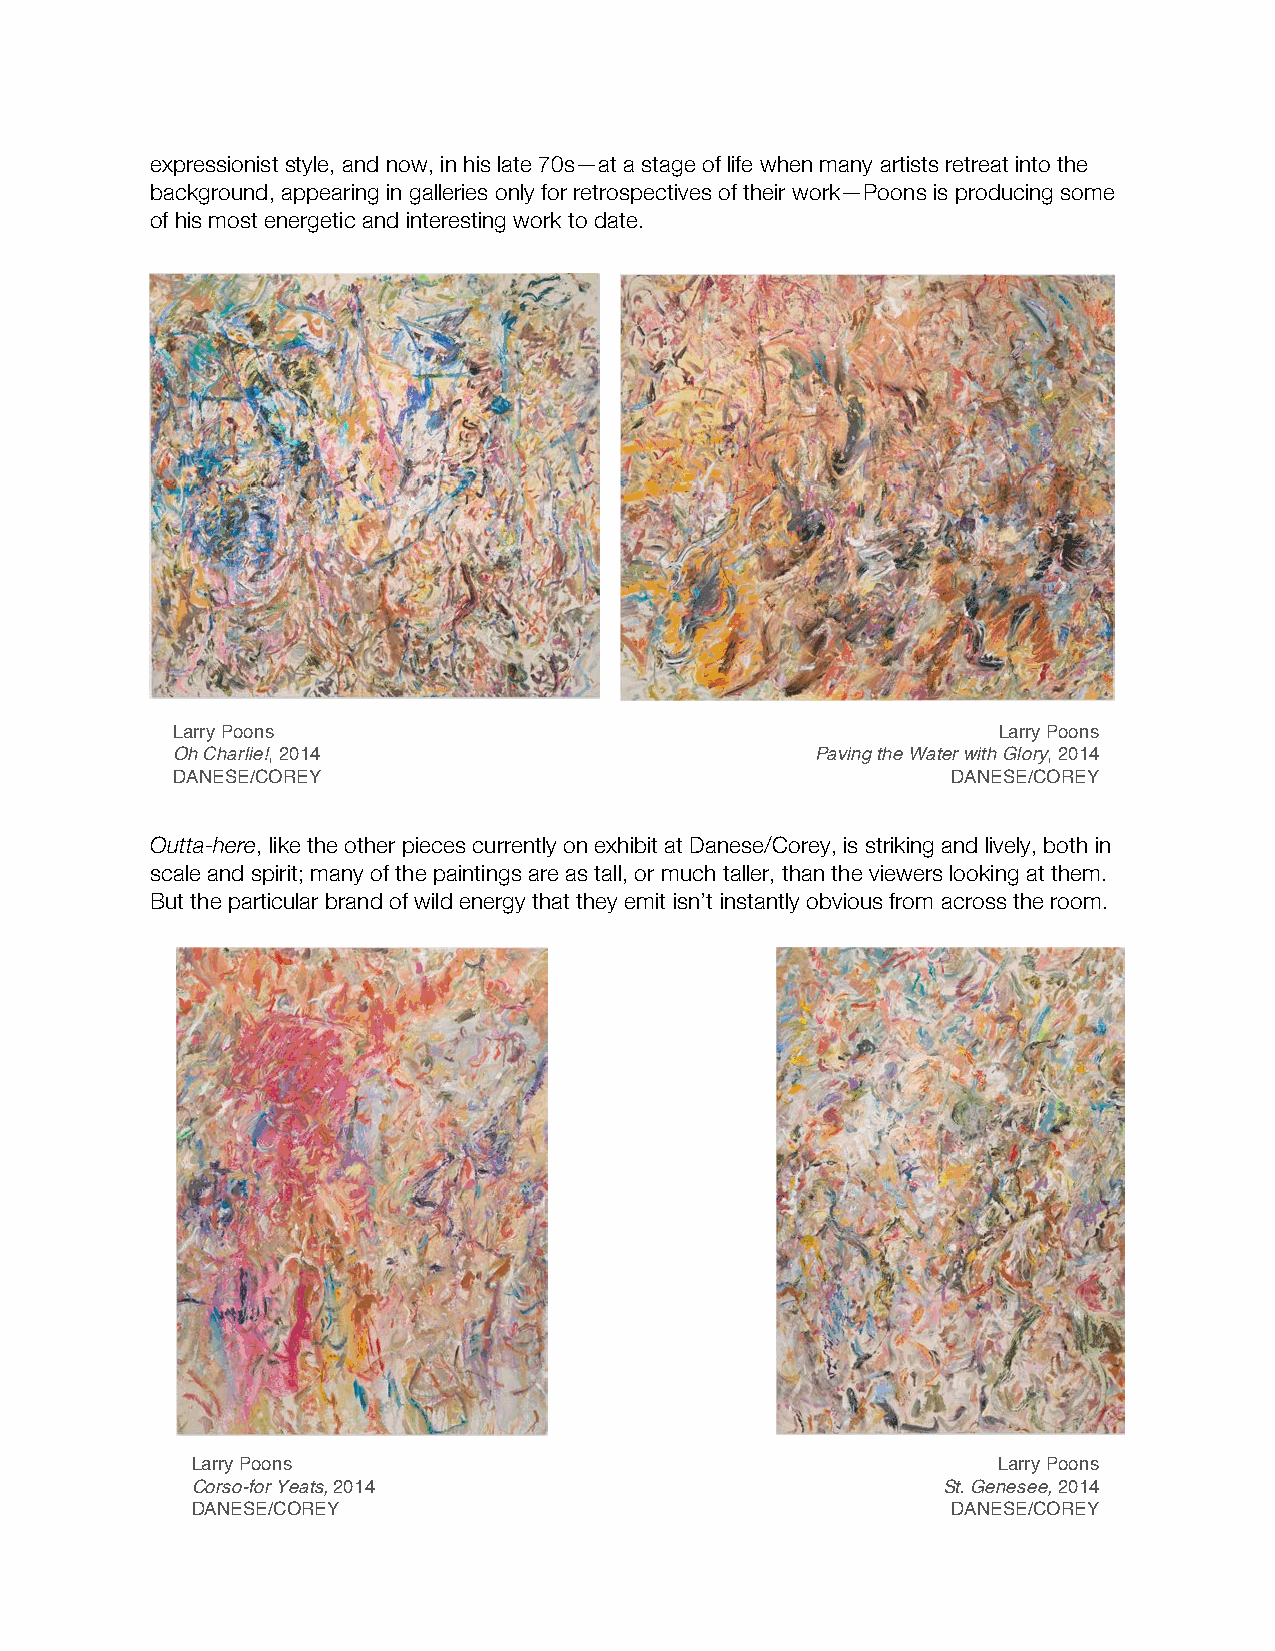
expressionist style, and now, in his late 70s—at a stage of life when many artists retreat into the
 background, appearing in galleries only for retrospectives of their work—Poons is producing some
 of his most energetic and interesting work to date.
 Larry Poons                                            Larry Poons
 Oh Charlie!, 2014                          Paving the Water with Glory, 2014
 DANESE/COREY                                        DANESE/COREY
 Outta-here, like the other pieces currently on exhibit at Danese/Corey, is striking and lively, both in
 scale and spirit; many of the paintings are as tall, or much taller, than the viewers looking at them.
 But the particular brand of wild energy that they emit isn’t instantly obvious from across the room.
 Larry Poons                                          Larry Poons
 Corso-for Yeats, 2014                            St. Genesee, 2014
 DANESE/COREY                                      DANESE/COREY